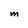
Character: M